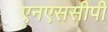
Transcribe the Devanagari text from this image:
एनएससीपी